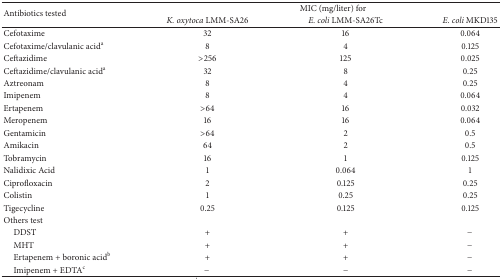
<table><thead><tr><td rowspan="2"><b>Antibiotics tested</b></td><td colspan="3"><b>MIC (mg/liter) for</b></td></tr><tr><td><b><i>K. oxytoca</i> LMM-SA26</b></td><td><b><i>E. coli</i> LMM-SA26Tc</b></td><td><b><i>E. coli</i> MKD135</b></td></tr></thead><tbody><tr><td>Cefotaxime</td><td>32</td><td>16</td><td>0.064</td></tr><tr><td>Cefotaxime/clavulanic acid<sup>a</sup></td><td>8</td><td>4</td><td>0.125</td></tr><tr><td>Ceftazidime</td><td>&gt;256</td><td>125</td><td>0.025</td></tr><tr><td>Ceftazidime/clavulanic acid<sup>a</sup></td><td>32</td><td>8</td><td>0.25</td></tr><tr><td>Aztreonam</td><td>8</td><td>4</td><td>0.25</td></tr><tr><td>Imipenem</td><td>8</td><td>4</td><td>0.064</td></tr><tr><td>Ertapenem</td><td>&gt;64</td><td>16</td><td>0.032</td></tr><tr><td>Meropenem</td><td>16</td><td>16</td><td>0.064</td></tr><tr><td>Gentamicin</td><td>&gt;64</td><td>2</td><td>0.5</td></tr><tr><td>Amikacin</td><td>64</td><td>2</td><td>0.5</td></tr><tr><td>Tobramycin</td><td>16</td><td>1</td><td>0.125</td></tr><tr><td>Nalidixic Acid</td><td>1</td><td>0.064</td><td>1</td></tr><tr><td>Ciprofloxacin</td><td>2</td><td>0.125</td><td>0.25</td></tr><tr><td>Colistin</td><td>1</td><td>0.25</td><td>0.25</td></tr><tr><td>Tigecycline</td><td>0.25</td><td>0.125</td><td>0.125</td></tr><tr><td>Others test</td><td> </td><td> </td><td> </td></tr><tr><td> DDST</td><td>+</td><td>+</td><td>−</td></tr><tr><td> MHT</td><td>+</td><td>+</td><td>−</td></tr><tr><td> Ertapenem + boronic acid<sup>b</sup></td><td>+</td><td>+</td><td>−</td></tr><tr><td> Imipenem + EDTA<sup>c</sup></td><td>−</td><td>−</td><td>−</td></tr></tbody></table>